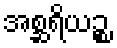
အစ္ဆရိယဉ္စ